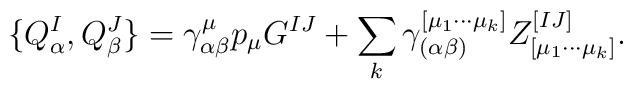
\{Q^I_\alpha,Q^J_\beta\}=\gamma^\mu_{\alpha\beta}p_\mu G^{IJ} +\sum\limits_{k} \gamma^{[\mu_1\cdots\mu_k]}_{(\alpha \beta)}Z^{[IJ]}_{[\mu_1\cdots \mu_k]}.